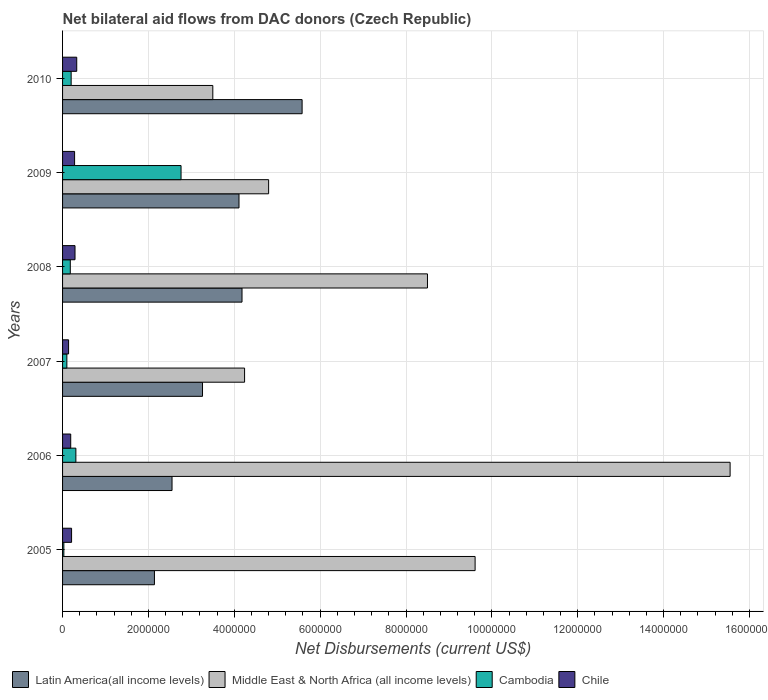
| Years | Latin America(all income levels) | Middle East & North Africa (all income levels) | Cambodia | Chile |
 | --- | --- | --- | --- | --- |
 | 2005 | 2.14e+06 | 9.61e+06 | 3e+04 | 2.1e+05 |
 | 2006 | 2.55e+06 | 1.56e+07 | 3.1e+05 | 1.9e+05 |
 | 2007 | 3.26e+06 | 4.24e+06 | 1e+05 | 1.4e+05 |
 | 2008 | 4.18e+06 | 8.5e+06 | 1.8e+05 | 2.9e+05 |
 | 2009 | 4.11e+06 | 4.8e+06 | 2.76e+06 | 2.8e+05 |
 | 2010 | 5.58e+06 | 3.5e+06 | 2e+05 | 3.3e+05 |